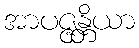
အာပဇ္ဇန္တိယာ